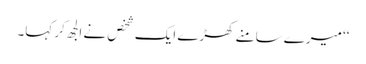
‘‘ میرے سامنے کھڑے ایک شخص نے الجھ کر کہا۔